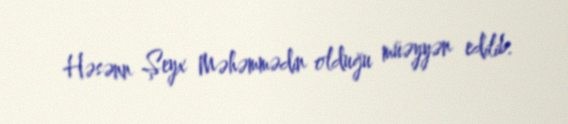
Həsənn Şeyx Məhəmmədin olduğu müəyyən edilib.